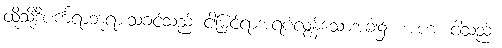
ထိုသို့ဒီပင်္ကရာဘုရားသခင်သည် ငါမြင်ရာအရပ်လွန်သောအခါ၌။ အဟံ၊ ငါသည်။